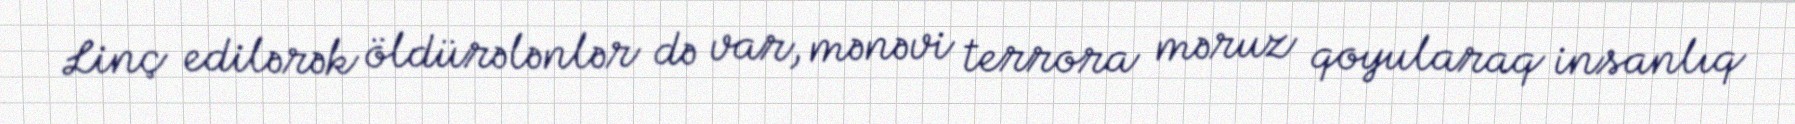
Linç edilərək öldürələnlər də var, mənəvi terrora məruz qoyularaq insanlıq